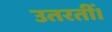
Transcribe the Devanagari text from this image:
उतरतीं।